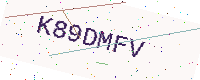
Text: K89DMFV